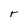
Character: r